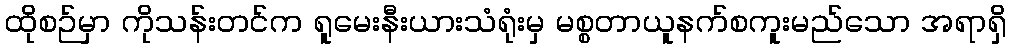
ထိုစဉ်မှာ ကိုသန်းတင်က ရူမေးနီးယားသံရုံးမှ မစ္စတာယူနက်စကူးမည်သော အရာရှိ